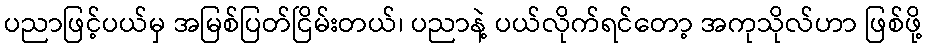
ပညာဖြင့်ပယ်မှ အမြစ်ပြတ်ငြိမ်းတယ်၊ ပညာနဲ့ ပယ်လိုက်ရင်တော့ အကုသိုလ်ဟာ ဖြစ်ဖို့